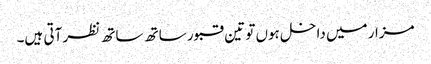
مزار میں داخل ہوں تو تین قبور ساتھ ساتھ نظر آتی ہیں۔